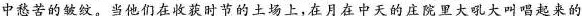
中愁苦的皱纹。当他们在收获时节的土场上,在月在中天的庄院里大吼大叫唱起来的